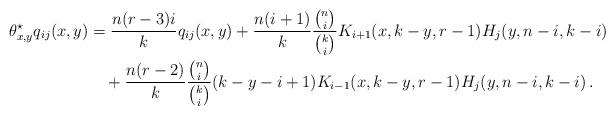
LaTeX: \begin{align*}\theta^\star_{x,y}q_{ij}(x,y)&=\frac{n(r-3)i}{k} q_{ij}(x,y)+ \frac{n(i+1)}{k}\frac{\binom{n}{i}}{\binom{k}{i}}K_{i+1}(x,k-y,r-1) H_j(y,n-i,k-i) \\&\quad+ \frac{n(r-2)}{k} \frac{\binom{n}{i}}{\binom{k}{i}}(k-y-i+1)K_{i-1}(x,k-y,r-1) H_j(y,n-i,k-i)\,. \end{align*}